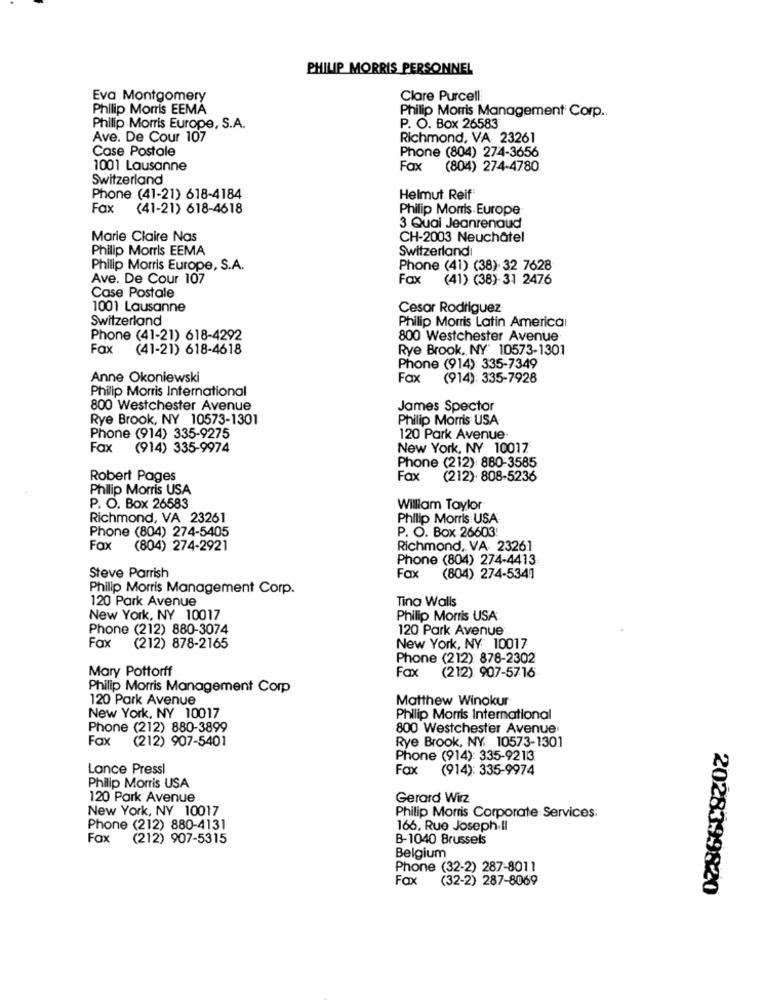
PHILIP MORRIS PERSONNEL
Eva Montgomery
Clare Purcell:
Philip Morris EEMA
Philip Morris Management Corp ..
Philip Morris Europe, S.A.
P. O. Box 26583
Ave. De Cour 107
Richmond, VA 23261
Case Postale
Phone (804) 274-3656
1001 Lausanne
Fax
(804) 274-4780
Switzerland
Phone (41-21) 618-4184
Helmut Reif
Fax (41-21) 618-4618
Philip Morris. Europe
3 Quai Jeanrenaud
Marie Claire Nas
CH-2003 Neuchâtel
Philip Morris EEMA
Switzerland
Philip Morris Europe, S.A.
Phone (41) (38)- 32 7628
Ave. De Cour 107
Fax (41) (38) 31 2476
Case Postale
1001 Lausanne
Cesar Rodriguez
Switzerland
Philip Morris Latin Americaı
Phone (41-21) 618-4292
800 Westchester Avenue
Fax
(41-21) 618-4618
Rye Brook, NY 10573-1301
Phone (914): 335-7349
Anne Okoniewski
Fax
(914): 335-7928
Philip Morris International
800 Westchester Avenue
James Spector
Rye Brook, NY 10573-1301
Philip Morris USA
Phone (914) 335-9275
120 Park Avenue.
Fax
(914) 335-9974
New York, NY 10017.
Phone (212): 880-3585
Robert Pages
Fax
(212). 808-5236
Philip Morris USA
P. O. Box 26583
William Taylor
Richmond, VA 23261
Philip Morris USA
Phone (804) 274-5405
P. O. Box 26603:
Fax
(804) 274-2921
Richmond, VA- 23261
Phone (804) 274-4413
Steve Parrish
Fax
(804) 274-5341
Philip Morris Management Corp.
120 Park Avenue
Tina Walls
New York, NY 10017
Philip Morris USA
Phone (212) 880-3074
120 Park Avenue
Fax
(212) 878-2165
New York, NY 10017
Phone (212) 878-2302
Mary Pottorff
Fax (212) 907-5716
Philip Morris Management Corp
120 Park Avenue
Matthew Winokur
New York, NY 10017
Philip Morris International
Phone (212) 880-3899
800 Westchester Avenue
Fax (212) 907-5401
Rye Brook, NY, 10573-1301
Phone (914): 335-9213
Lance Pressl
Fax
(914): 335-9974
Philip Morris USA
120 Park Avenue
Gerard Wirz
New York, NY 10017
Philip Morris Corporate Services:
Phone (212) 880-4131
166, Rue Joseph.Il
Fax (212) 907-5315
B-1040 Brussels
Belgium
Phone (32-2) 287-8011
Fax
(32-2) 287-8069
2028399820